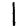
Digit: 1